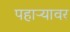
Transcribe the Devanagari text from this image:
पहाऱ्यावर